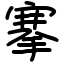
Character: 搴